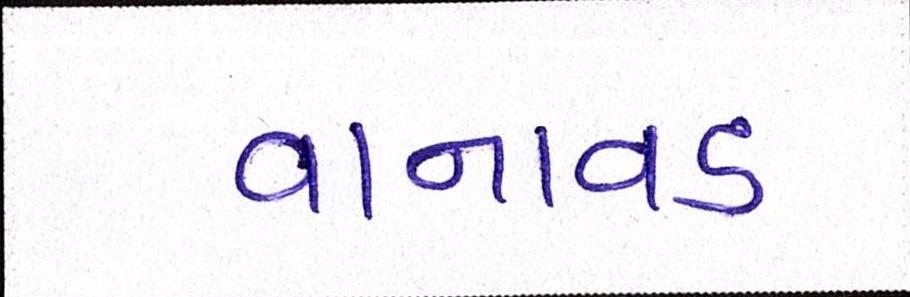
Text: વાનાવડ